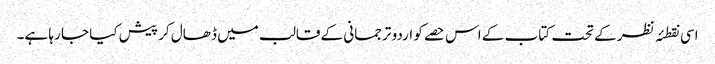
اسی نقطئہ نظر کے تحت کتاب کے اس حصے کو اردو ترجمانی کے قالب میں ڈھال کر پیش کیا جا رہا ہے۔